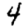
Digit: 4